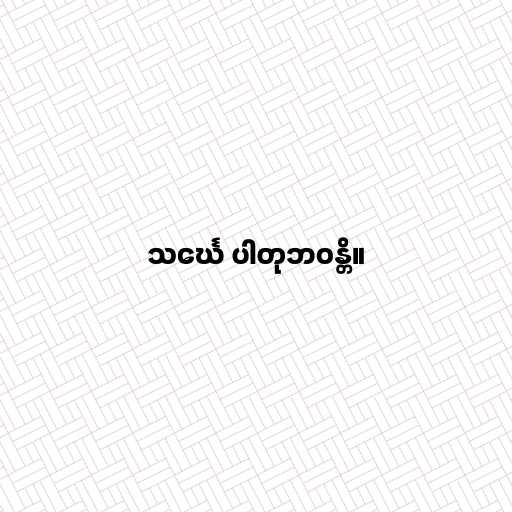
သင်္ဃေ ပါတုဘဝန္တိ။